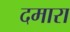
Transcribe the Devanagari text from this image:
दमारा